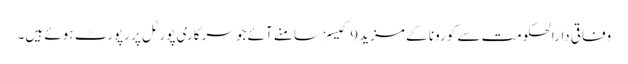
وفاقی دارالحکومت سے کورونا کے مزید 9 کیسز سامنے آئے جو سرکاری پورٹل پر رپورٹ ہوئے ہیں۔